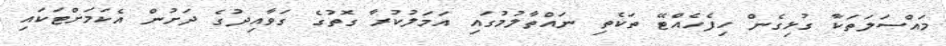
މައްސަލަތަކާ ގުޅިގެން ހިފެހެއްޓޭ ތަކެތި ނައްތާލުމުގައި އަމަލުކުރާ ގޮތުގެ ގަވާއިދުގެ ދަށުން އެކަމަށްޓަކައި